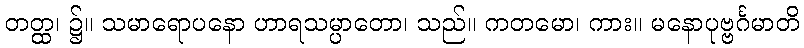
တတ္ထ၊ ၌။ သမာရောပနော ဟာရသမ္ပာတော၊ သည်။ ကတမော၊ ကား။ မနောပုဗ္ဗင်္ဂမာတိ